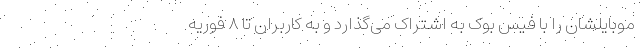
موبایلشان را با فیس بوک به اشتراک می‌گذارد و به کاربران تا ۸ فوریه